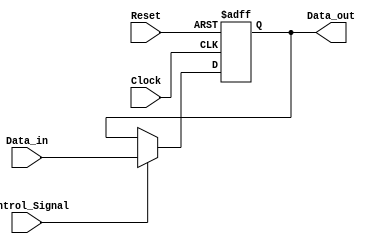
module ForwardingRegister (
    input wire [31:0] Data_in,      // Input data to be forwarded
    input wire Control_Signal,       // Control signal for forwarding
    input wire Clock,                // Clock signal
    input wire Reset,                // Asynchronous reset signal
    output reg [31:0] Data_out       // Output data after forwarding
);

// Asynchronous reset and synchronous data capture
always @(posedge Clock or posedge Reset) begin
    if (Reset) begin
        Data_out <= 32'b0;          // Clear the register on reset
    end else if (Control_Signal) begin
        Data_out <= Data_in;        // Forward data if control signal is high
    end
    // If Control_Signal is low, retain the previous value of Data_out
end

endmodule